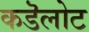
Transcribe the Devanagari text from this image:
कडॆलोट